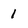
Character: 1